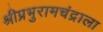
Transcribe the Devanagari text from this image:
श्रीप्रभुरामचंद्राला